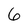
Character: 6